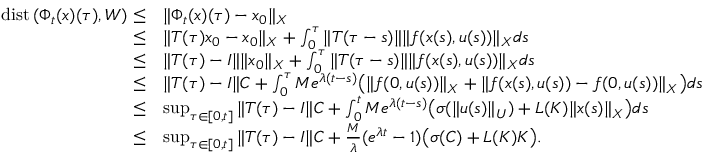
\begin{array} { r l } { \mathrm { d i s t } \, ( \Phi _ { t } ( x ) ( \tau ) , W ) \leq } & { \| \Phi _ { t } ( x ) ( \tau ) - x _ { 0 } \| _ { X } } \\ { \leq } & { \| T ( \tau ) x _ { 0 } - x _ { 0 } \| _ { X } + \int _ { 0 } ^ { \tau } \| T ( \tau - s ) \| \| f ( x ( s ) , u ( s ) ) \| _ { X } d s } \\ { \leq } & { \| T ( \tau ) - I \| \| x _ { 0 } \| _ { X } + \int _ { 0 } ^ { \tau } \| T ( \tau - s ) \| \| f ( x ( s ) , u ( s ) ) \| _ { X } d s } \\ { \leq } & { \| T ( \tau ) - I \| C + \int _ { 0 } ^ { \tau } M e ^ { \lambda ( t - s ) } \big ( \| f ( 0 , u ( s ) ) \| _ { X } + \| f ( x ( s ) , u ( s ) ) - f ( 0 , u ( s ) ) \| _ { X } \big ) d s } \\ { \leq } & { \operatorname* { s u p } _ { \tau \in [ 0 , t ] } \| T ( \tau ) - I \| C + \int _ { 0 } ^ { t } M e ^ { \lambda ( t - s ) } \big ( \sigma ( \| u ( s ) \| _ { U } ) + L ( K ) \| x ( s ) \| _ { X } \big ) d s } \\ { \leq } & { \operatorname* { s u p } _ { \tau \in [ 0 , t ] } \| T ( \tau ) - I \| C + \frac { M } { \lambda } ( e ^ { \lambda t } - 1 ) \big ( \sigma ( C ) + L ( K ) K \big ) . } \end{array}